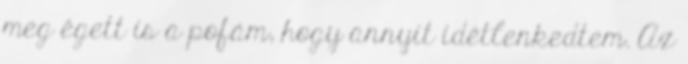
meg égett is a pofám, hogy annyit idétlenkedtem. Az